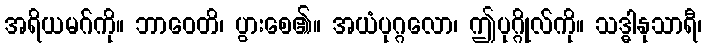
အရိယမဂ်ကို။ ဘာဝေတိ၊ ပွားစေ၏။ အယံပုဂ္ဂလော၊ ဤပုဂ္ဂိုလ်ကို။ သဒ္ဓါနုသာရီ၊